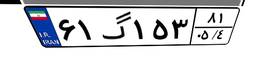
۹۳گ۱۳۲۵۰